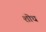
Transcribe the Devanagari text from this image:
शॊध